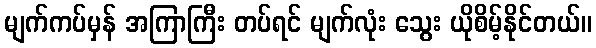
မျက်ကပ်မှန် အကြာကြီး တပ်ရင် မျက်လုံး သွေး ယိုစိမ့်နိုင်တယ်။